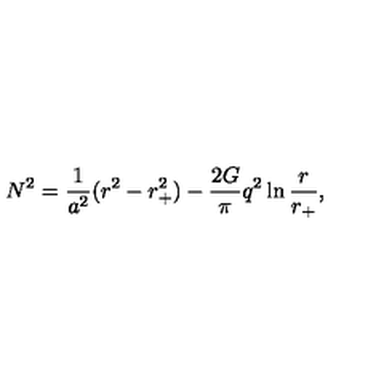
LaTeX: N ^ { 2 } = { \frac { 1 } { a ^ { 2 } } } ( r ^ { 2 } - r _ { + } ^ { 2 } ) - { \frac { 2 G } { \pi } } q ^ { 2 } \ln { \frac { r } { r _ { + } } } ,